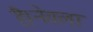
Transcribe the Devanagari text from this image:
है।नेवला